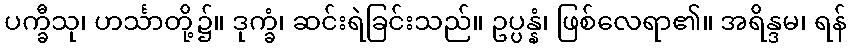
ပက္ခီသု၊ ဟင်္သာတို့၌။ ဒုက္ခံ၊ ဆင်းရဲခြင်းသည်။ ဥပ္ပန္နံ၊ ဖြစ်လေရာ၏။ အရိန္ဒမ၊ ရန်